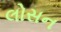
લોસન